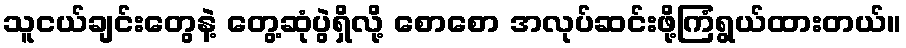
သူငယ်ချင်းတွေနဲ့ တွေ့ဆုံပွဲရှိလို့ စောစော အလုပ်ဆင်းဖို့ကြံရွယ်ထားတယ်။